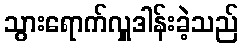
သွားရောက်လှူဒါန်းခဲ့သည်